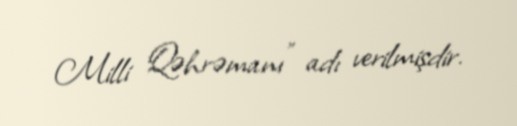
Milli Qəhrəmanı" adı verilmişdir.